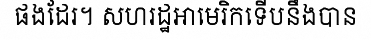
ផងដែរ។ សហរដ្ឋអាមេរិកទើបនឹងបាន